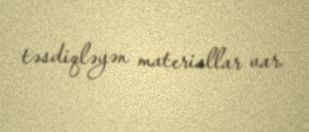
təsdiqləyən materiallar var.